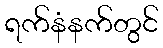
ရက်နံနက်တွင်